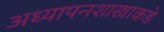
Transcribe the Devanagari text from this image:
अध्यापनशास्त्राकडे